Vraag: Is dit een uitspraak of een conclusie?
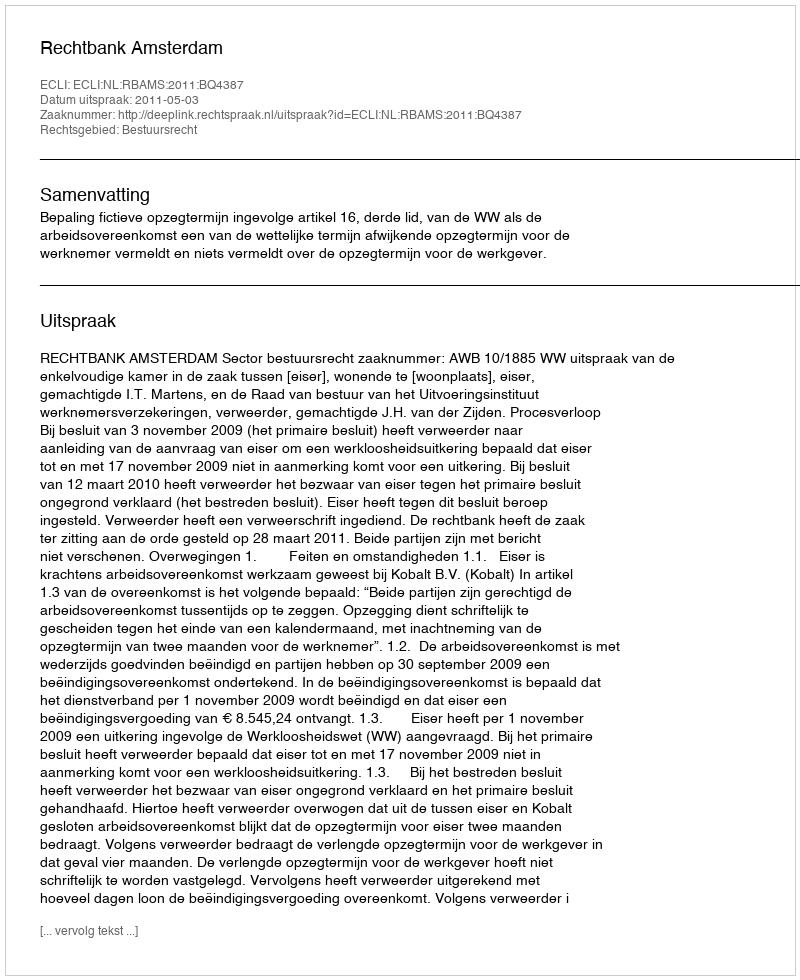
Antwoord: Uitspraak